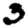
Digit: 3